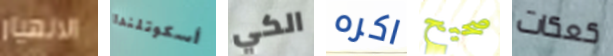
الانهيار أسكوتلندا الكي اكره صحيح كعكات